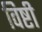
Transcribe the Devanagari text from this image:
विष्टी